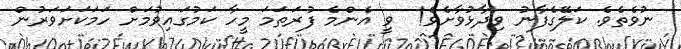
ނުވެތެވެ. ކަލޭގެފާނު ވިދާޅުވާށެވެ!  ވީ އެންމެ ފުރަތަމަ މީހާ ކަމުގައިވުމަށް ހަމަކަށަވަރުން